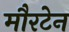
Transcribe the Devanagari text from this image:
मौरटेन